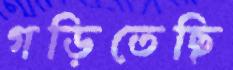
গড়িতেছি